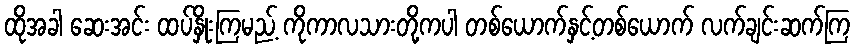
ထိုအခါ ဆေးအင်း ထပ်နှိုးကြမည့် ကိုကာလသားတို့ကပါ တစ်ယောက်နှင့်တစ်ယောက် လက်ချင်းဆက်ကြ